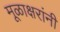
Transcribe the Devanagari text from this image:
मूळाक्षरांनी